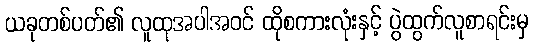
ယခုတစ်ပတ်၏ လူထုအပါအဝင် ထိုစကားလုံးနှင့် ပွဲထွက်လူစာရင်းမှ